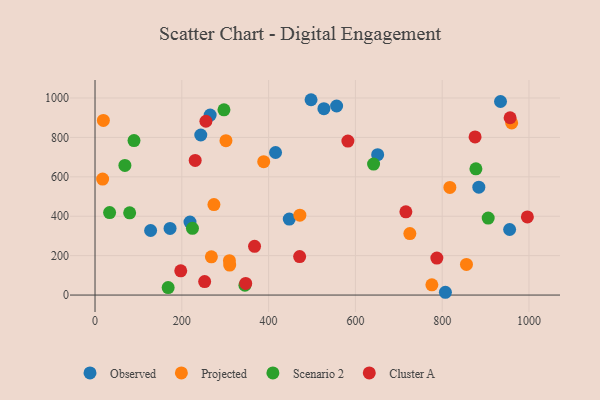
{"axis": {"x": "Distance", "y": "Rating"}, "legend": ["Cluster A", "Observed", "Projected", "Scenario 2"], "data": [{"x": "218.8", "y": 370.6, "type": "Observed"}, {"x": "243.7", "y": 812.2, "type": "Observed"}, {"x": "556.7", "y": 959.5, "type": "Observed"}, {"x": "651.3", "y": 712.6, "type": "Observed"}, {"x": "934.4", "y": 982.4, "type": "Observed"}, {"x": "172.9", "y": 338.1, "type": "Observed"}, {"x": "807.4", "y": 14.1, "type": "Observed"}, {"x": "447.6", "y": 385.7, "type": "Observed"}, {"x": "527.4", "y": 946.1, "type": "Observed"}, {"x": "497.8", "y": 991.3, "type": "Observed"}, {"x": "128.1", "y": 327.7, "type": "Observed"}, {"x": "416.0", "y": 723.5, "type": "Observed"}, {"x": "265.3", "y": 913.4, "type": "Observed"}, {"x": "884.4", "y": 547.7, "type": "Observed"}, {"x": "955.4", "y": 332.8, "type": "Observed"}, {"x": "776.2", "y": 51.7, "type": "Projected"}, {"x": "301.7", "y": 783.6, "type": "Projected"}, {"x": "310.3", "y": 152.1, "type": "Projected"}, {"x": "817.7", "y": 546.2, "type": "Projected"}, {"x": "268.1", "y": 194.0, "type": "Projected"}, {"x": "19.2", "y": 886.1, "type": "Projected"}, {"x": "17.5", "y": 588.5, "type": "Projected"}, {"x": "274.0", "y": 459.3, "type": "Projected"}, {"x": "388.7", "y": 676.8, "type": "Projected"}, {"x": "472.0", "y": 405.2, "type": "Projected"}, {"x": "855.9", "y": 155.2, "type": "Projected"}, {"x": "725.5", "y": 311.9, "type": "Projected"}, {"x": "960.1", "y": 873.5, "type": "Projected"}, {"x": "309.7", "y": 174.3, "type": "Projected"}, {"x": "224.5", "y": 338.8, "type": "Scenario 2"}, {"x": "68.8", "y": 657.8, "type": "Scenario 2"}, {"x": "345.4", "y": 49.8, "type": "Scenario 2"}, {"x": "79.8", "y": 417.2, "type": "Scenario 2"}, {"x": "877.7", "y": 640.7, "type": "Scenario 2"}, {"x": "641.9", "y": 664.7, "type": "Scenario 2"}, {"x": "297.1", "y": 940.2, "type": "Scenario 2"}, {"x": "33.6", "y": 418.5, "type": "Scenario 2"}, {"x": "89.8", "y": 784.1, "type": "Scenario 2"}, {"x": "168.5", "y": 38.1, "type": "Scenario 2"}, {"x": "906.0", "y": 390.6, "type": "Scenario 2"}, {"x": "252.6", "y": 68.5, "type": "Cluster A"}, {"x": "787.7", "y": 187.6, "type": "Cluster A"}, {"x": "197.5", "y": 123.2, "type": "Cluster A"}, {"x": "255.5", "y": 882.1, "type": "Cluster A"}, {"x": "956.5", "y": 899.7, "type": "Cluster A"}, {"x": "996.3", "y": 396.5, "type": "Cluster A"}, {"x": "582.7", "y": 781.4, "type": "Cluster A"}, {"x": "716.3", "y": 422.5, "type": "Cluster A"}, {"x": "875.8", "y": 802.4, "type": "Cluster A"}, {"x": "347.2", "y": 59.1, "type": "Cluster A"}, {"x": "230.8", "y": 683.1, "type": "Cluster A"}, {"x": "367.6", "y": 247.5, "type": "Cluster A"}, {"x": "471.5", "y": 195.5, "type": "Cluster A"}]}